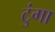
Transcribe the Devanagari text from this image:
टुंगा